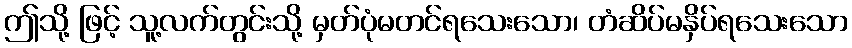
ဤသို့ ဖြင့် သူ့လက်တွင်းသို့ မှတ်ပုံမတင်ရသေးသော၊ တံဆိပ်မနှိပ်ရသေးသော